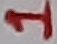
Text: 1